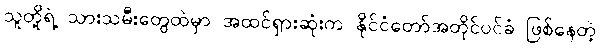
သူတို့ရဲ့ သားသမီးတွေထဲမှာ အထင်ရှားဆုံးက နိုင်ငံတော်အတိုင်ပင်ခံ ဖြစ်နေတဲ့